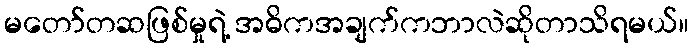
မတော်တဆဖြစ်မှုရဲ့ အဓိကအချက်ကဘာလဲဆိုတာသိရမယ်။